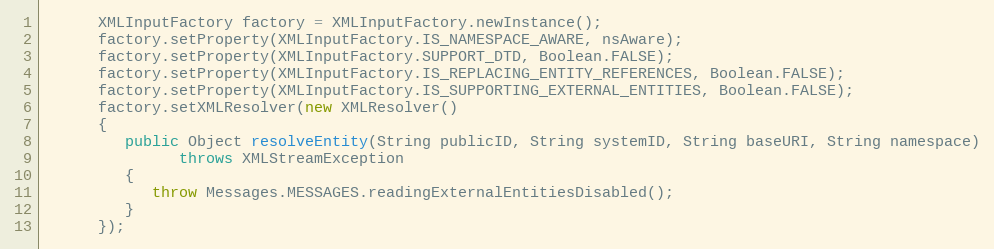
Language: Java
      XMLInputFactory factory = XMLInputFactory.newInstance();
      factory.setProperty(XMLInputFactory.IS_NAMESPACE_AWARE, nsAware);
      factory.setProperty(XMLInputFactory.SUPPORT_DTD, Boolean.FALSE);
      factory.setProperty(XMLInputFactory.IS_REPLACING_ENTITY_REFERENCES, Boolean.FALSE);
      factory.setProperty(XMLInputFactory.IS_SUPPORTING_EXTERNAL_ENTITIES, Boolean.FALSE);
      factory.setXMLResolver(new XMLResolver()
      {
         public Object resolveEntity(String publicID, String systemID, String baseURI, String namespace)
               throws XMLStreamException
         {
            throw Messages.MESSAGES.readingExternalEntitiesDisabled();
         }
      });